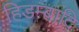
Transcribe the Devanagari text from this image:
हिडम्बादि